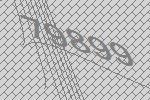
79899